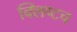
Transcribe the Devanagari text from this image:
क्लिष्टच